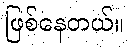
ဖြစ်နေတယ်။